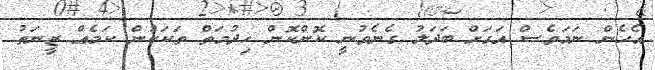
އެހެން ނަމަވެސް އަގަށް ބަދަލު ގެނެވުނީ ކޮންކޮން ހިދުމަތް ތަކަކުން ކަމެއް ޒީނަތު